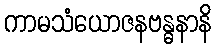
ကာမသံယောဇနဗန္ဓနာနိ